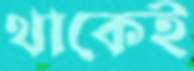
থাকেই